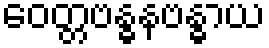
ဝေတ္တဗန္ဓနဗန္ဓာယ